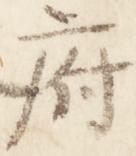
府